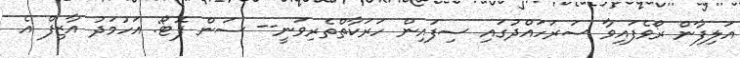
އަލިފާން ރޯވެފައިވާ ސަރަހައްދުގައި ސިފައިން ހަރަކާތްތެރިވަނީ-- ސަން ފޮޓޯ: އަހުމަދު އާޒިފް އެ